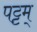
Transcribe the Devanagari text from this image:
पट्टम्